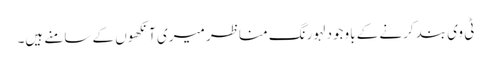
ٹی وی بند کرنے کے باوجود لہورنگ مناظر میری آنکھوں کے سامنے ہیں۔